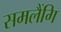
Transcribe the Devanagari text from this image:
समलैंगि